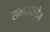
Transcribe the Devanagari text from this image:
समाफील्डेज़